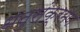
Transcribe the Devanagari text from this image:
धनुसंक्रमण